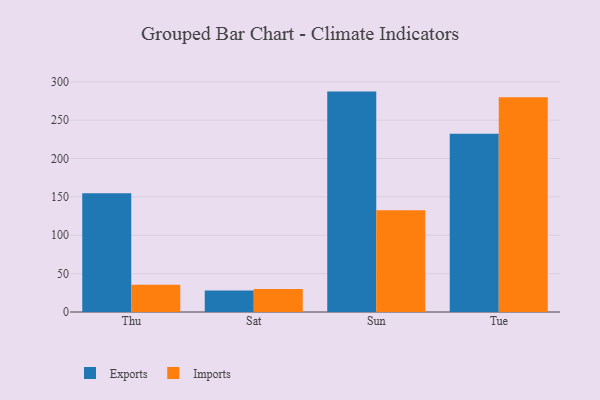
{"axis": {"x": "Day", "y": "Bounce Rate (%)"}, "legend": ["Exports", "Imports"], "data": [{"x": "Thu", "y": 154.9, "type": "Exports"}, {"x": "Thu", "y": 35.5, "type": "Imports"}, {"x": "Sat", "y": 28.0, "type": "Exports"}, {"x": "Sat", "y": 30.0, "type": "Imports"}, {"x": "Sun", "y": 287.2, "type": "Exports"}, {"x": "Sun", "y": 132.5, "type": "Imports"}, {"x": "Tue", "y": 232.2, "type": "Exports"}, {"x": "Tue", "y": 279.7, "type": "Imports"}]}